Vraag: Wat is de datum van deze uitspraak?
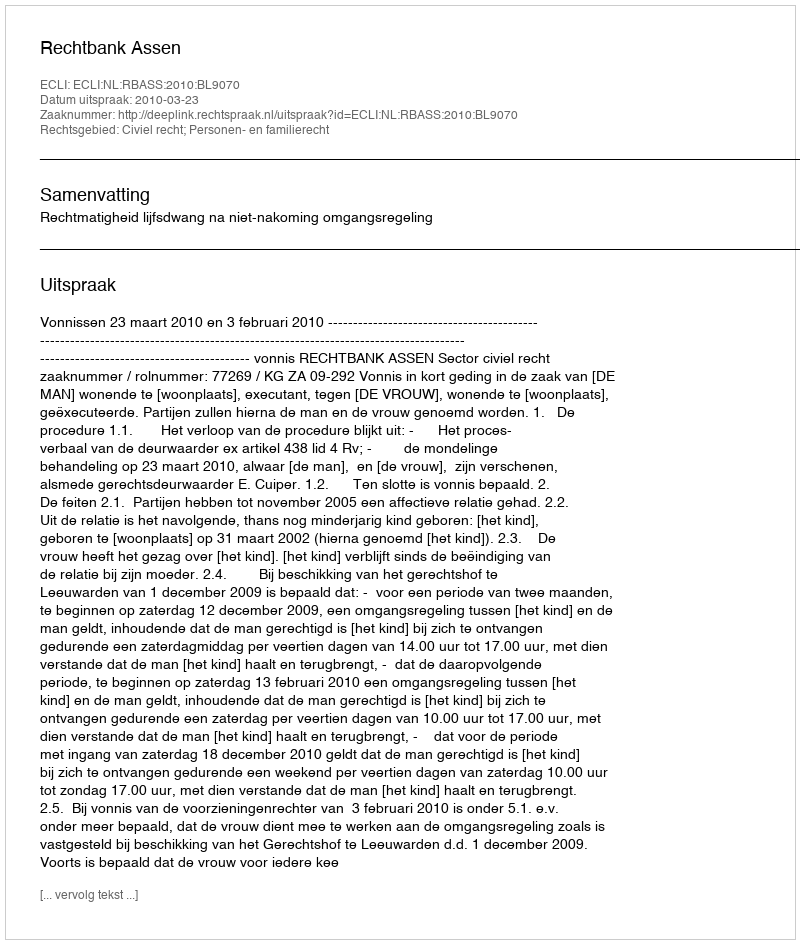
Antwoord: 2010-03-23